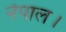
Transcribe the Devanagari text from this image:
नेपाल।